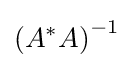
\left(A^{*}A\right)^{-1}